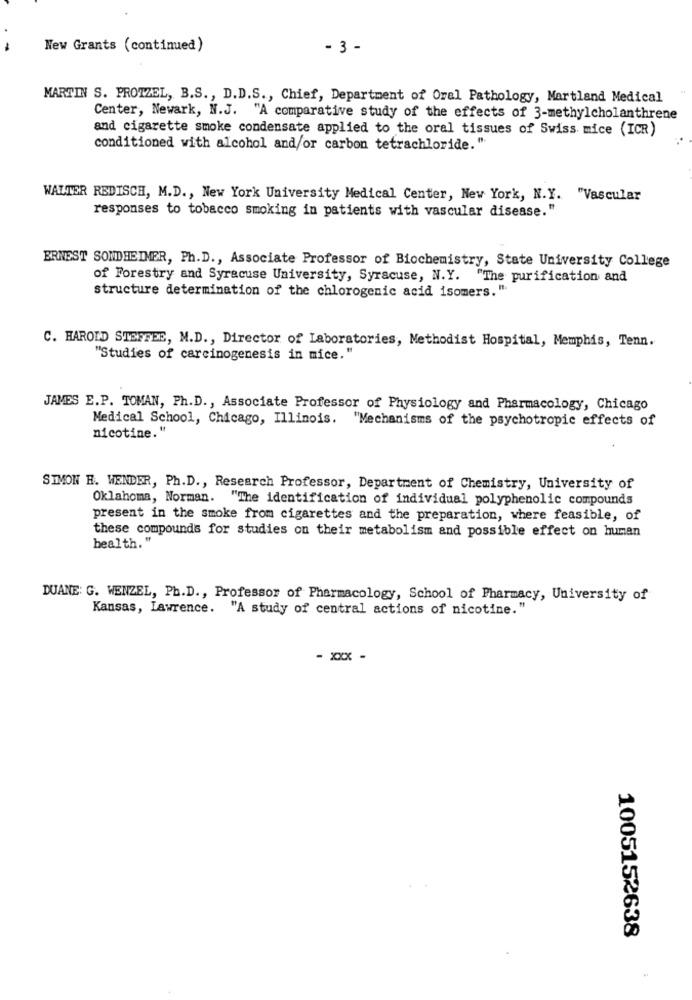
New Grants (continued)
- 3 -
MARTIN S. PROTZEL, B.S ., D.D.S ., Chief, Department of Oral Pathology, Martland Medical
Center, Newark, N.J. "A comparative study of the effects of 3-methylcholanthrene
and cigarette smoke condensate applied to the oral tissues of Swiss mice (ICR)
conditioned with alcohol and/or carbon tetrachloride."
WALTER REDISCH, M.D ., New York University Medical Center, New York, N.Y. "Vascular
responses to tobacco smoking in patients with vascular disease."
ERNEST SONDHEIMER, Ph. D ., Associate Professor of Biochemistry, State University College
of Forestry and Syracuse University, Syracuse, N.Y. "The purification and
structure determination of the chlorogenic acid isomers. ".
C. HAROLD STEFFEE, M.D ., Director of Laboratories, Methodist Hospital, Memphis, Tenn.
"Studies of carcinogenesis in mice."
JAMES E.P. TOMAN, Ph.D ., Associate Professor of Physiology and Pharmacology, Chicago
Medical School, Chicago, Illinois. "Mechanisms of the psychotropic effects of
nicotine."
SIMON H. WENDER, Ph.D ., Research Professor, Department of Chemistry, University of
Oklahoma, Norman. "The identification of individual polyphenolic compounds
present in the smoke from cigarettes and the preparation, where feasible, of
these compounds for studies on their metabolism and possible effect on human
health."
DUANE: G. WENZEL, Ph.D ., Professor of Pharmacology, School of Pharmacy, University of
Kansas, Lawrence. "A study of central actions of nicotine."
- xxx -
1005152638